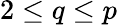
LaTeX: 2\leq q\leq p